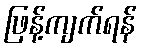
ဖြန့်ကျက်ရန်